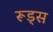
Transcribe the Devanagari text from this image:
रूड्स